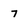
Character: 7